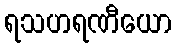
ရသဟရဏီယော